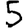
Digit: 5